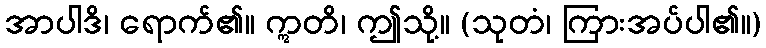
အာပါဒိ၊ ရောက်၏။ ဣတိ၊ ဤသို့။ (သုတံ၊ ကြားအပ်ပါ၏။)